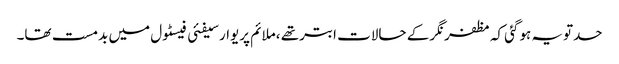
حدتویہ ہوگئی کہ مظفرنگرکے حالات ابترتھے ،ملائم پریوارسیفئی فیسٹول میں بدمست تھا۔